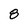
Character: 8